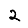
Digit: 2